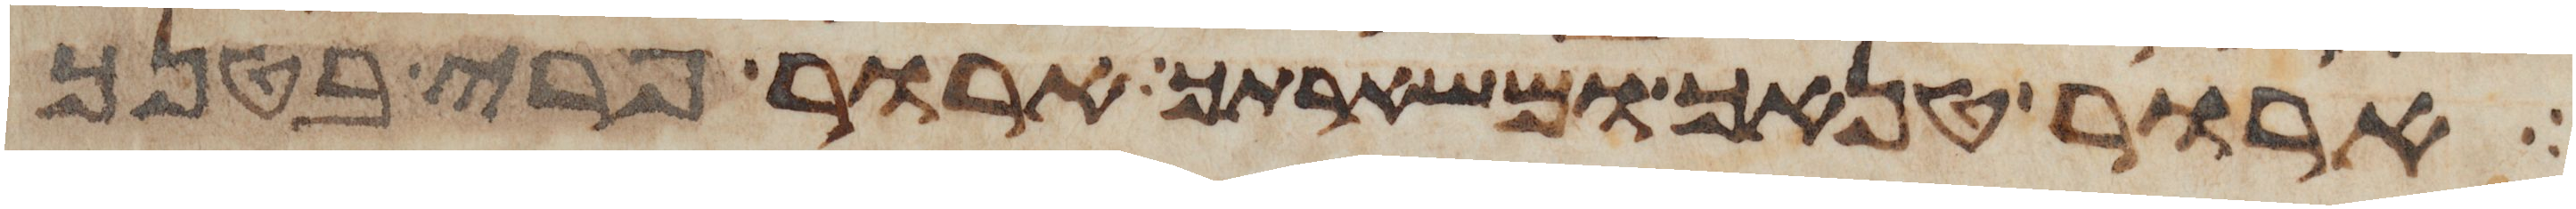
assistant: ארור טנאך ומשארתך ארור פרי בטנך